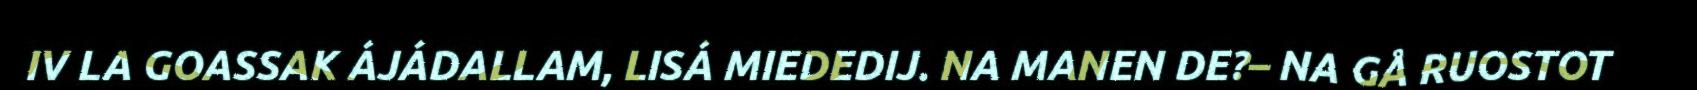
IV LA GOASSAK ÁJÁDALLAM, LISÁ MIEDEDIJ. NA MANEN DE?– NA GÅ RUOSTOT